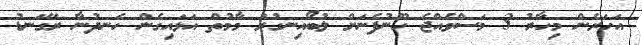
އަހަރެން މިހާރު 3 މަސްވެއްޖެ ހޫނުފެނަށް ލުބޯއިނގުރު މާމުތް އަޅައިގެން ހެނދުނާ ރޭގަނޑު